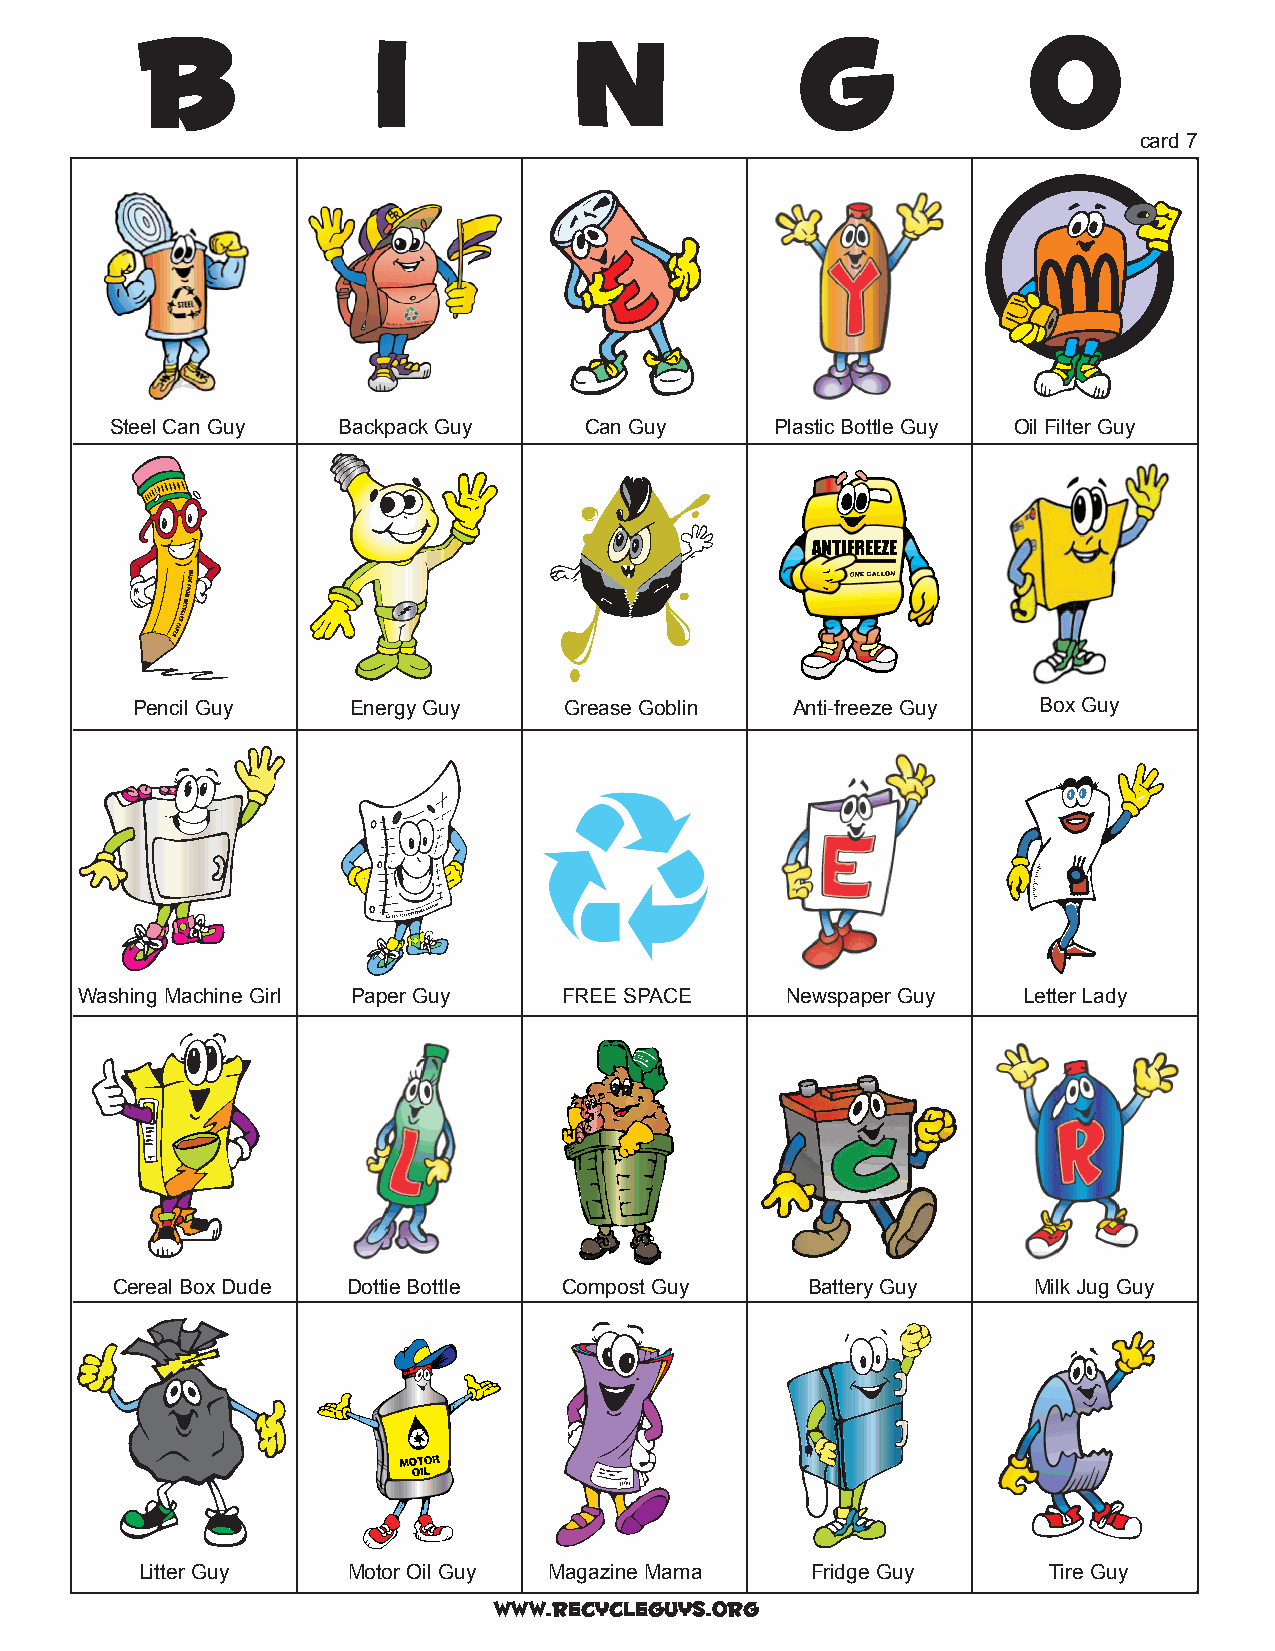
card 7
 Steel Can Guy  Backpack Guy     Can Guy     Plastic Bottle Guy Oil Filter Guy
 Pencil Guy    Energy Guy    Grease Goblin  Anti-freeze Guy  Box Guy
 Washing Machine Girl Paper Guy  FREE SPACE     Newspaper Guy   Letter Lady
 Cereal Box Dude Dottie Bottle Compost Guy     Battery Guy    Milk Jug Guy
 Litter Guy    Motor Oil Guy Magazine Mama    Fridge Guy     Tire Guy
 www.recycleguys.org